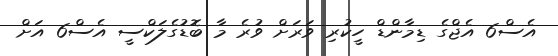
އެސް6 އެޖްގެ ޑިމާންޑް ހީކުރި ވަރަށް ވުރެ މާ ބޮޑުގެލަކްސީ އެސް6 އަށް